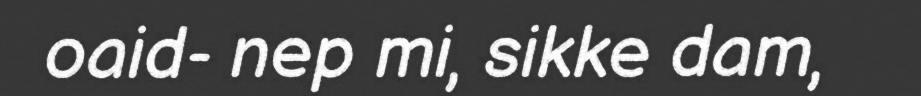
oaid- nep mi, sikke dam,